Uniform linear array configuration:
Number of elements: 32
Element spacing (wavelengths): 0.25
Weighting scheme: exponential
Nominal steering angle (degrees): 45
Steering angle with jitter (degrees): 46.036
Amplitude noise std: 0.05
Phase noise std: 0.05

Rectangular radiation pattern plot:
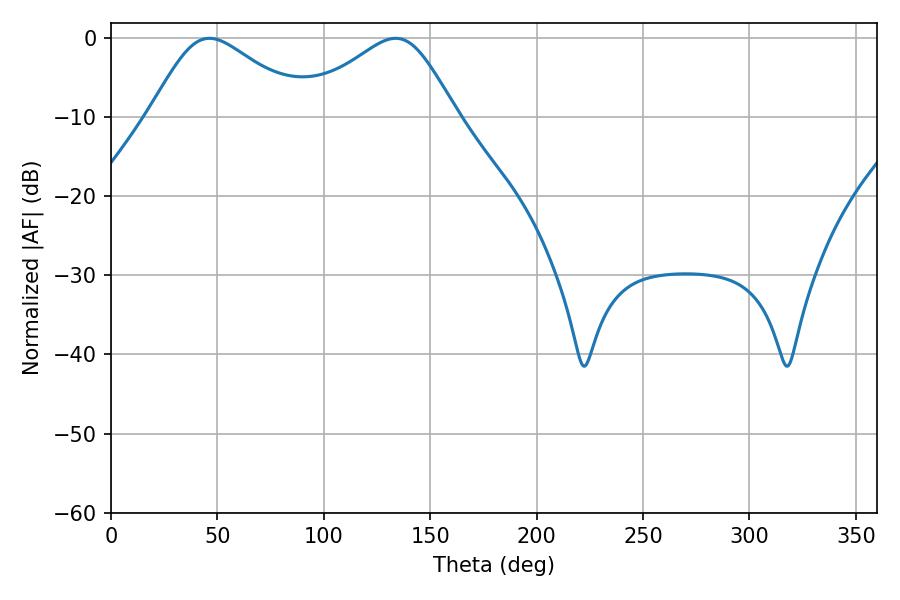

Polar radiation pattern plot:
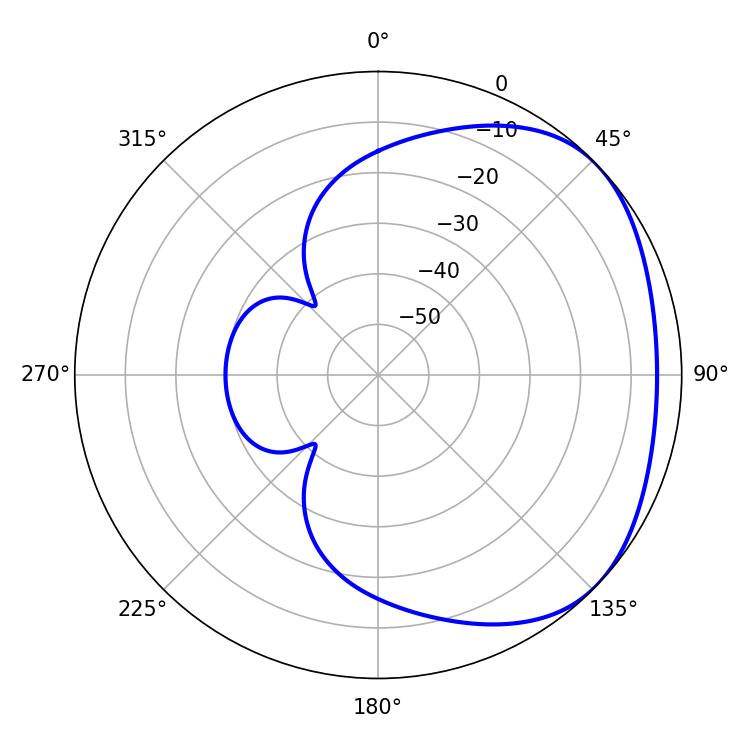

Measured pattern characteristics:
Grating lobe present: FALSE
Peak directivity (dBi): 2.606
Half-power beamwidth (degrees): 36.72
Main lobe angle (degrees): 46.26